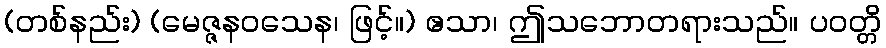
(တစ်နည်း) (မေဇ္ဇနဝသေန၊ ဖြင့်။) ဧသာ၊ ဤသဘောတရားသည်။ ပဝတ္တိ